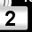
Digit: 2